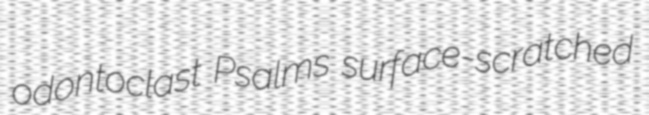
odontoclast Psalms surface-scratched